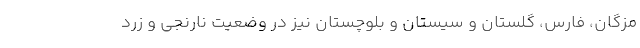
مزگان، فارس، گلستان و سیستان و بلوچستان نیز در وضعیت نارنجی و زرد